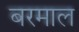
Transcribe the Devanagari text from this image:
बरमाल